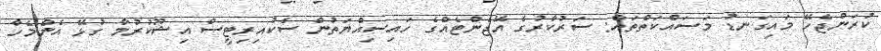
ކުރަންޖެހޭ މައިގަނޑު މަސައްކަތްތައް: ސަރުކާރުގެ އޭޖެންޓެއްގެ ހައިސިއްޔަތުން ސެކުއިރިޓީސް އިޝޫކުރުމާ ގުޅޭ އެންމެހާ